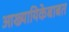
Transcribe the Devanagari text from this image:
आख्यायिकेबाबत